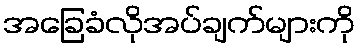
အခြေခံလိုအပ်ချက်များကို